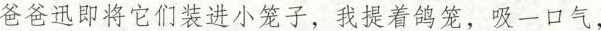
爸爸迅即将它们装进小笼子，我提着鸽笼，吸一口气，